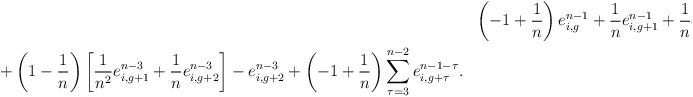
LaTeX: \begin{align*}& &\left(-1+\frac{1}{n}\right)e_{i,g}^{n-1} +\frac{1}{n}e^{n-1}_{i,g+1}+\frac{1}{n}e_{i,g+2}^{n-2}-e_{i,g+1}^{n-2} \\&+\left(1-\frac{1}{n}\right)\left[\frac{1}{n^2}e_{i,g+1}^{n-3} +\frac{1}{n}e_{i,g+2}^{n-3}\right] -e_{i,g+2}^{n-3}+\left(-1+\frac{1}{n}\right)\sum_{\tau=3}^{n-2}e_{i,g+\tau}^{n-1-\tau} .\end{align*}